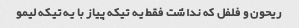
ریحون و فلفل که نداشت فقط یه تیکه پیاز با یه تیکه لیمو